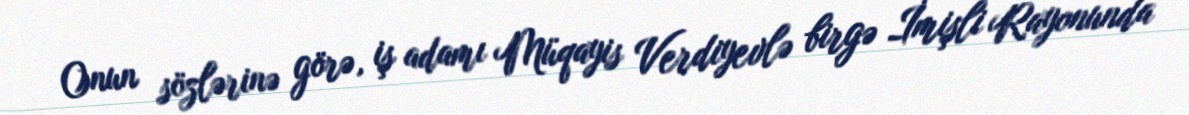
Onun sözlərinə görə, iş adamı Müqayis Verdiyevlə birgə İmişli Rayonunda